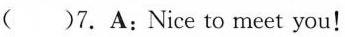
()7.A:Nice to meet you!